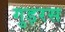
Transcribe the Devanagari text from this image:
गुड़रस